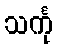
သင်္ကု